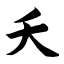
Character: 夭